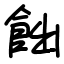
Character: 飿